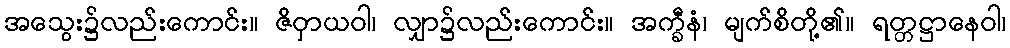
အသွေး၌လည်းကောင်း။ ဇိဝှာယဝါ၊ လျှာ၌လည်းကောင်း။ အက္ခီနံ၊ မျက်စိတို့၏။ ရတ္တဋ္ဌာနေဝါ၊